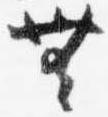
無